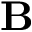
{ \bf B }